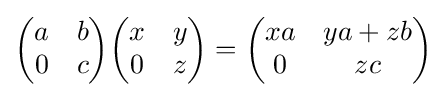
{\begin{pmatrix}a&b\\0&c\end{pmatrix}}{\begin{pmatrix}x&y\\0&z\end{pmatrix}}={\begin{pmatrix}xa&ya+zb\\0&zc\end{pmatrix}}